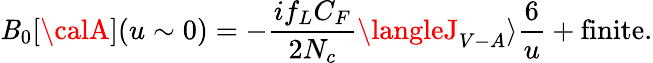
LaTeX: \mathit{B}_{0}[{\calA}](u\sim0)=-\frac{{if_{L}C_{F}}}{{2N_{c}}}\langleJ_{V-A}\rangle\frac{{6}}{{u}}+\mathrm{{finite}}.